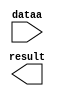
// megafunction wizard: %LPM_MULT%VBB%
// GENERATION: STANDARD
// VERSION: WM1.0
// MODULE: altsquare 

// ============================================================
// Megafunction Name(s):
// 			altsquare
//
// Simulation Library Files(s):
// 			altera_mf
// ============================================================
// ************************************************************
// THIS IS A WIZARD-GENERATED FILE. DO NOT EDIT THIS FILE!
//
// 13.0.1 Build 232 06/12/2013 SP 1 SJ Web Edition
// ************************************************************

//Copyright (C) 1991-2013 Altera Corporation
//Your use of Altera Corporation's design tools, logic functions 
//and other software and tools, and its AMPP partner logic 
//functions, and any output files from any of the foregoing 
//(including device programming or simulation files), and any 
//associated documentation or information are expressly subject 
//to the terms and conditions of the Altera Program License 
//Subscription Agreement, Altera MegaCore Function License 
//Agreement, or other applicable license agreement, including, 
//without limitation, that your use is for the sole purpose of 
//programming logic devices manufactured by Altera and sold by 
//Altera or its authorized distributors.  Please refer to the 
//applicable agreement for further details.

module sq_8 (
	dataa,
	result);

	input	[7:0]  dataa;
	output	[15:0]  result;

endmodule

// ============================================================
// CNX file retrieval info
// ============================================================
// Retrieval info: PRIVATE: AutoSizeResult NUMERIC "1"
// Retrieval info: PRIVATE: B_isConstant NUMERIC "0"
// Retrieval info: PRIVATE: ConstantB NUMERIC "0"
// Retrieval info: PRIVATE: INTENDED_DEVICE_FAMILY STRING "Cyclone II"
// Retrieval info: PRIVATE: LPM_PIPELINE NUMERIC "0"
// Retrieval info: PRIVATE: Latency NUMERIC "0"
// Retrieval info: PRIVATE: SYNTH_WRAPPER_GEN_POSTFIX STRING "0"
// Retrieval info: PRIVATE: SignedMult NUMERIC "1"
// Retrieval info: PRIVATE: USE_MULT NUMERIC "0"
// Retrieval info: PRIVATE: ValidConstant NUMERIC "0"
// Retrieval info: PRIVATE: WidthA NUMERIC "8"
// Retrieval info: PRIVATE: WidthB NUMERIC "8"
// Retrieval info: PRIVATE: WidthP NUMERIC "16"
// Retrieval info: PRIVATE: aclr NUMERIC "0"
// Retrieval info: PRIVATE: clken NUMERIC "0"
// Retrieval info: PRIVATE: new_diagram STRING "1"
// Retrieval info: PRIVATE: optimize NUMERIC "0"
// Retrieval info: LIBRARY: lpm lpm.lpm_components.all
// Retrieval info: CONSTANT: DATA_WIDTH NUMERIC "8"
// Retrieval info: CONSTANT: LPM_TYPE STRING "ALTSQUARE"
// Retrieval info: CONSTANT: PIPELINE NUMERIC "0"
// Retrieval info: CONSTANT: REPRESENTATION STRING "SIGNED"
// Retrieval info: CONSTANT: RESULT_WIDTH NUMERIC "16"
// Retrieval info: USED_PORT: dataa 0 0 8 0 INPUT NODEFVAL "dataa[7..0]"
// Retrieval info: USED_PORT: result 0 0 16 0 OUTPUT NODEFVAL "result[15..0]"
// Retrieval info: CONNECT: @data 0 0 8 0 dataa 0 0 8 0
// Retrieval info: CONNECT: result 0 0 16 0 @result 0 0 16 0
// Retrieval info: GEN_FILE: TYPE_NORMAL sq_8.v TRUE
// Retrieval info: GEN_FILE: TYPE_NORMAL sq_8.inc FALSE
// Retrieval info: GEN_FILE: TYPE_NORMAL sq_8.cmp FALSE
// Retrieval info: GEN_FILE: TYPE_NORMAL sq_8.bsf FALSE
// Retrieval info: GEN_FILE: TYPE_NORMAL sq_8_inst.v TRUE
// Retrieval info: GEN_FILE: TYPE_NORMAL sq_8_bb.v TRUE
// Retrieval info: LIB_FILE: altera_mf